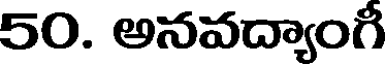
50. అనవద్యాంగీ